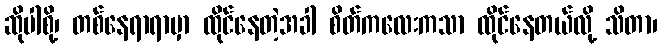
ဆိုပါစို့၊ တစ်နေရာရာမှာ ထိုင်နေတဲ့အခါ စိတ်ကလေးကသာ ထိုင်နေတယ်လို့ သိတာ၊